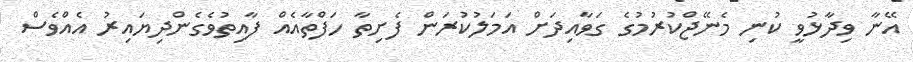
އޭނާ ވިދާޅުވީ ކުނި މެނޭޖްކުރުމުގެ ގަވާއިދަށް އަމަލުކުރަން ފެށިތާ ހަފްތާއެއް ފާއިތުވެގެންދިޔައިރު އެއްވެސް